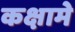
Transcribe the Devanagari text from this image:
कक्षामे